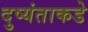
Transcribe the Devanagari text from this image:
दुष्यंताकडे